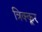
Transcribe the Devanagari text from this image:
त्रिक्कूर